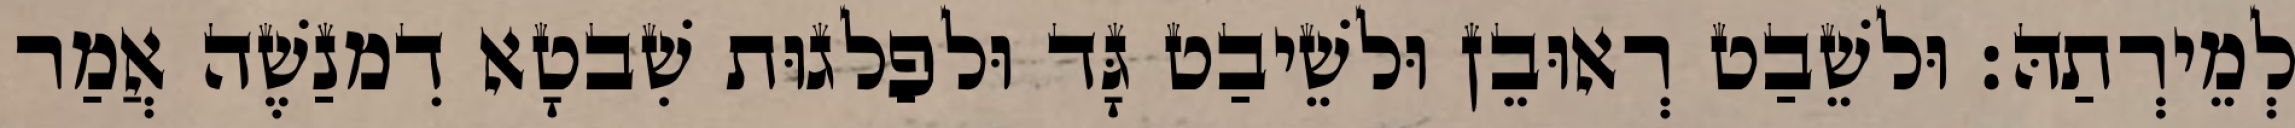
לְמֵירְתַהּ׃ וּלשֵׁבַט רְאוּבֵן וּלשֵׁיבַט גָּד וּלפַלגוּת שִׁבטָא דִמנַשֶׁה אֲמַר